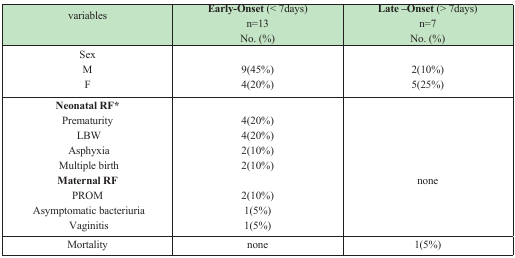
<table><thead><tr><td><b>variables</b></td><td><b>Early-Onset(&lt; 7days)n=13No.(%)</b></td><td><b>Late –Onset(&gt; 7days)n=7No. (%)</b></td></tr></thead><tbody><tr><td><b>Sex</b>MF</td><td>9(45%)4(20%)</td><td>2(10%)5(25%)</td></tr><tr><td><b>Neonatal RF*</b></td><td></td><td></td></tr><tr><td>PrematurityLBWAsphyxiaMultiple birth</td><td>4(20%)4(20%)2(10%)2(10%)</td><td>none</td></tr><tr><td><b>Maternal RF</b></td><td></td><td></td></tr><tr><td>PROMAsymptomatic bacteriuriaVaginitis</td><td>2(10%)1(5%)1(5%)</td><td></td></tr><tr><td>Mortality</td><td>none</td><td>1(5%)</td></tr></tbody></table>